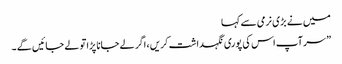
میں نے بڑی نرمی سے کہا
” سر آپ اس کی پوری نگہداشت کریں ، اگر لے جانا پڑا تو لے جائیں گے ۔